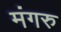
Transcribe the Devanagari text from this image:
मंगरु